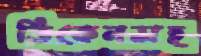
ডিকেনসহ